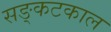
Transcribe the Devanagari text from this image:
सङ्कटकाल